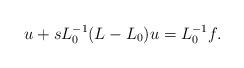
LaTeX: \begin{align*}u + sL_0^{-1}(L-L_0)u = L_0^{-1}f.\end{align*}